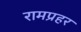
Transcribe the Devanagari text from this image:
रामप्रहर